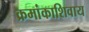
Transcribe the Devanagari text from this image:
क्रमांकाशिवाय